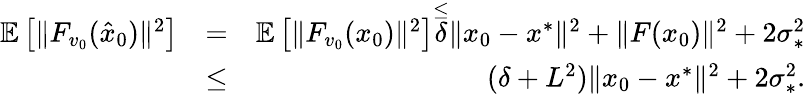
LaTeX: \begin{array}{rlr}{\mathbb{E}\left[\| F_{v_{0}}(\hat{x}_{0})\| ^{2}\right]}&{=}&{\mathbb{E}\left[\| F_{v_{0}}(x_{0})\| ^{2}\right]\overset{\leq}\delta\| x_{0}-x^{*}\| ^{2}+\| F(x_{0})\| ^{2}+2\sigma_{*}^{2}}\\ &{\leq}&{(\delta+L^{2})\| x_{0}-x^{*}\| ^{2}+2\sigma_{*}^{2}.}\end{array}